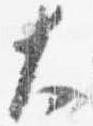
大